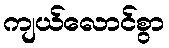
ကျယ်လောင်စွာ